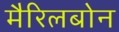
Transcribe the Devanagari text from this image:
मैरिलबोन